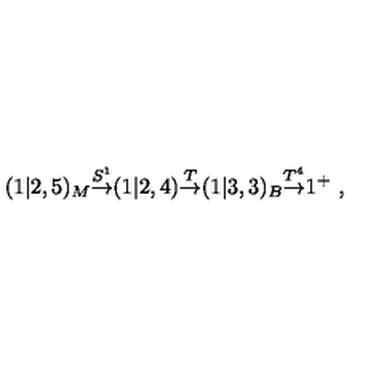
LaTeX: ( 1 | 2 , 5 ) _ { M } { \frac { \buildrel S ^ { 1 } } { \rightarrow } } ( 1 | 2 , 4 ) { \frac { \buildrel T } { \rightarrow } } ( 1 | 3 , 3 ) _ { B } { \frac { \buildrel T ^ { 4 } } { \rightarrow } } 1 ^ { + } \ ,